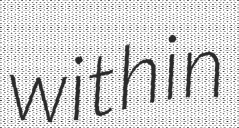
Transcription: within